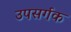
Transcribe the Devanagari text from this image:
उपसर्गक